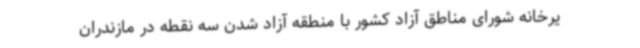
یرخانه شورای مناطق آزاد کشور با منطقه آزاد شدن سه نقطه در مازندران